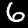
Label: 6